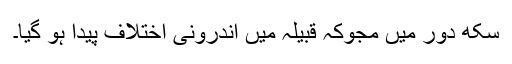
سکھ دور میں مجوکہ قبیلہ میں اندرونی اختلاف پیدا ہو گیا۔